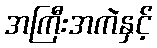
အကြီးအကဲနှင့်